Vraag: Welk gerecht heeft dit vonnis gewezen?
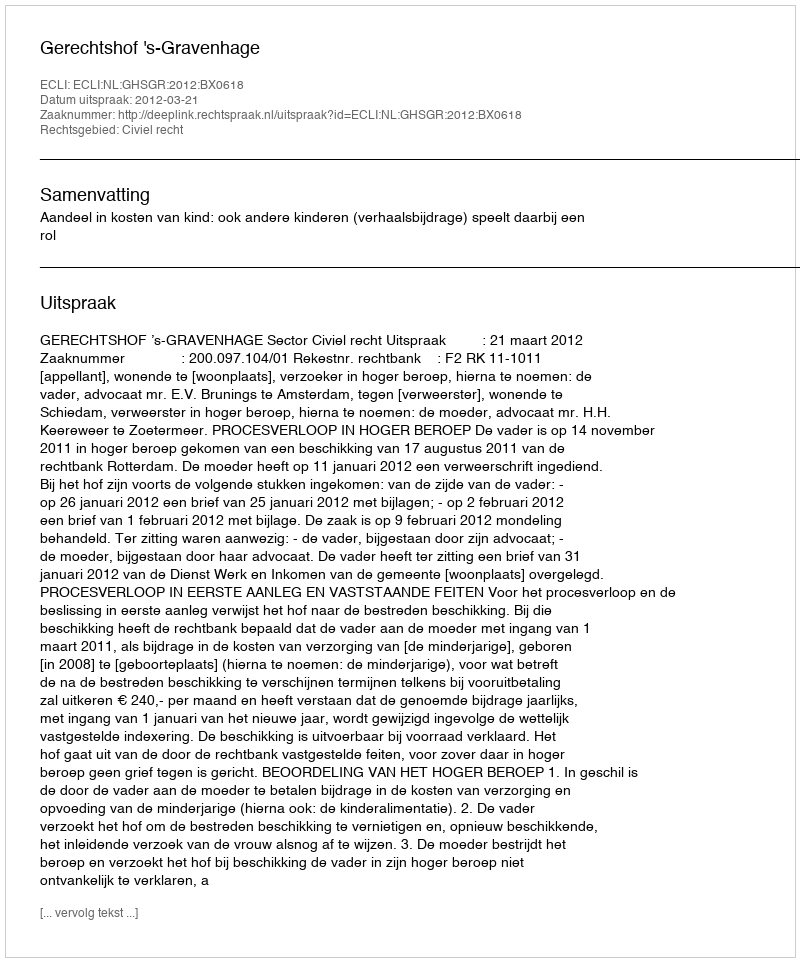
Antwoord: Gerechtshof 's-Gravenhage